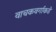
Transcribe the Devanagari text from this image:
वाचकवर्गाकडे